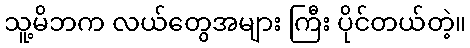
သူ့မိဘက လယ်တွေအများ ကြီး ပိုင်တယ်တဲ့။